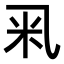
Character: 𥸦